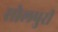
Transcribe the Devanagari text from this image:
सोलपुरी